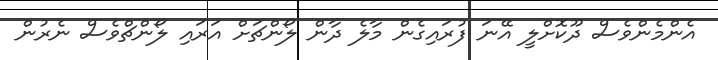
އެންމެންވެސް ދޫކޮށްލީ އޭނަ ފުރައިގެން މާލެ ދާން ލޯންޗަށް އަރައި ލޯންޗްވެސް ނެރުން